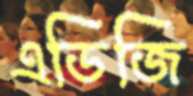
এডিজি